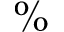
\%